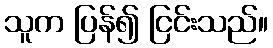
သူက ပြန်၍ ငြင်းသည်။